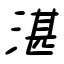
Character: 湛